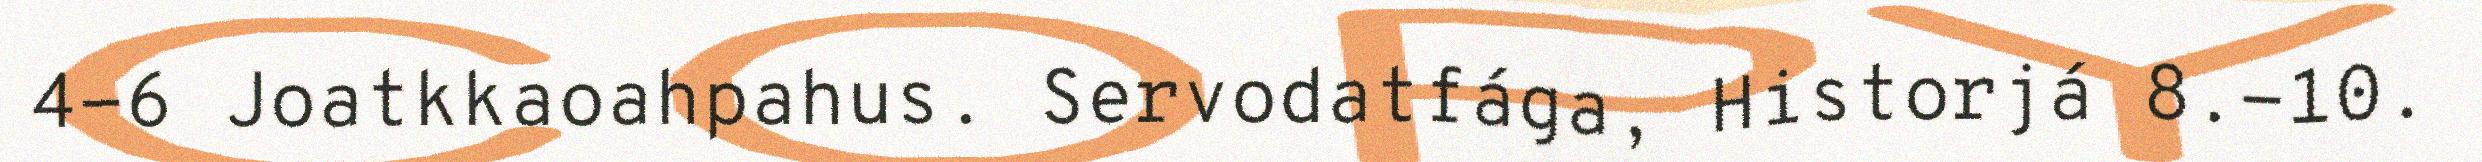
4-6 Joatkkaoahpahus. Servodatfága, Historjá 8.-10.